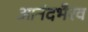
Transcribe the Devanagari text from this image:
आनंदभैरव